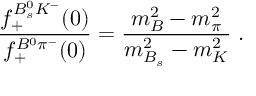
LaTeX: \frac { f _ { + } ^ { B _ { s } ^ { 0 } K ^ { - } } ( 0 ) } { f _ { + } ^ { B ^ { 0 } \pi ^ { - } } ( 0 ) } = \frac { m _ { B } ^ { 2 } - m _ { \pi } ^ { 2 } } { m _ { B _ { s } } ^ { 2 } - m _ { K } ^ { 2 } } \; .